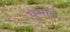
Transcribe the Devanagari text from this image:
घुसाते